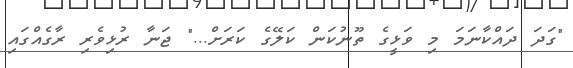
"ގަދަ ދައްކާނަމަ މި ވަޅީގެ ތޫނުކަން ކަލޭގެ ކަރަށް..." ޖަނާ ރުޅިވެރި ރާގެއްގައި